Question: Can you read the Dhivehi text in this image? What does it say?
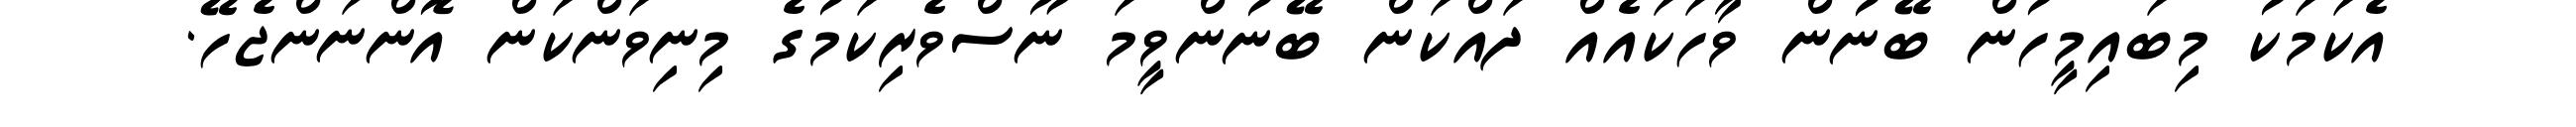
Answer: އެކަމަކު މިބައިމީހުން ބޭނުން ވާހަކައެއް ދައްކަން ބޭނުންވީމަ ނޫސްވެރިކަމުގެ މިނިވަންކަން އޮންނަންޖެހޭ.